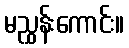
မညွှန်းကောင်း။